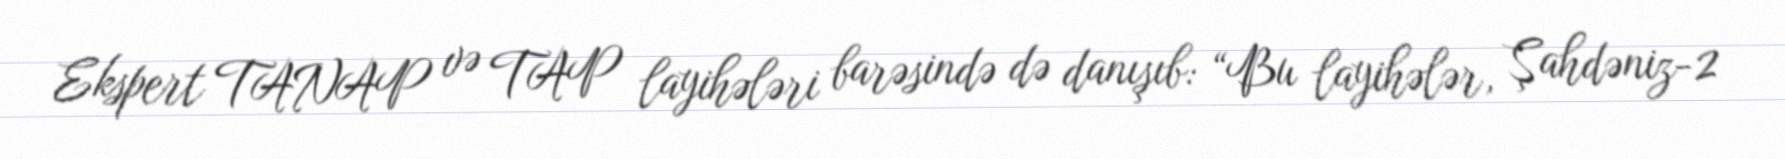
Ekspert TANAP və TAP layihələri barəsində də danışıb: “Bu layihələr, Şahdəniz-2